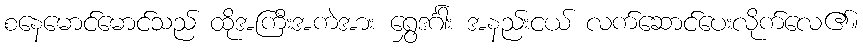
စနေမောင်မောင်သည် ထိုအကြီးအကဲအား ရွှေဒင်္ဂါး အနည်းငယ် လက်ဆောင်ပေးလိုက်လေ၏။